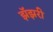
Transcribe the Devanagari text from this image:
झॅझरी